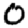
Digit: 0